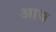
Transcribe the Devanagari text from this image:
आघ